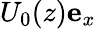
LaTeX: U_{0}(z)\mathbf{e}_{x}